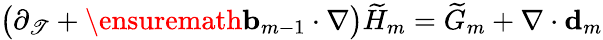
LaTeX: \bigl(\partial_{\mathscr{T}}+\ensuremath{{\mathbf{{b}}}}_{m-1}\cdot\nabla\bigr)\widetilde{{H}}_{m}=\widetilde{{G}}_{m}+\nabla\cdot\mathbf{{d}}_{m}